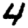
Digit: 4